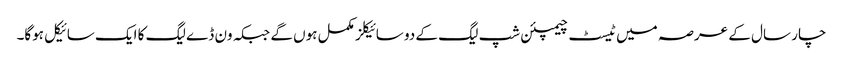
چار سال کے عرصہ میں ٹیسٹ چیمپئن شپ لیگ کے دو سائیکلز مکمل ہوں گے جبکہ ون ڈے لیگ کا ایک سائیکل ہوگا۔